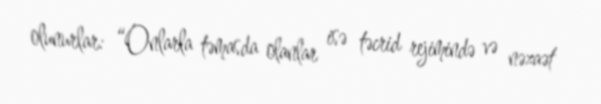
olunurlar: “Onlarla təmasda olanlar isə təcrid rejimində və nəzaət